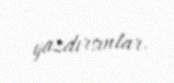
yazdırsınlar.